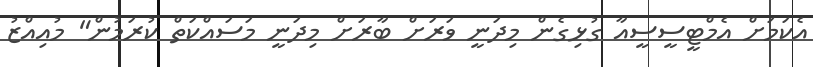
އެކަމަށް އެމްޓީސީސީއާ ގުޅިގެން މިދަނީ ވަރަށް ބާރަށް މިދަނީ މަސައްކަތް ކުރަމުން" މުއިއްޒު